Annual statistical returns and brief notes on vaccination in Bengal - 1896-1909
Year: 1896
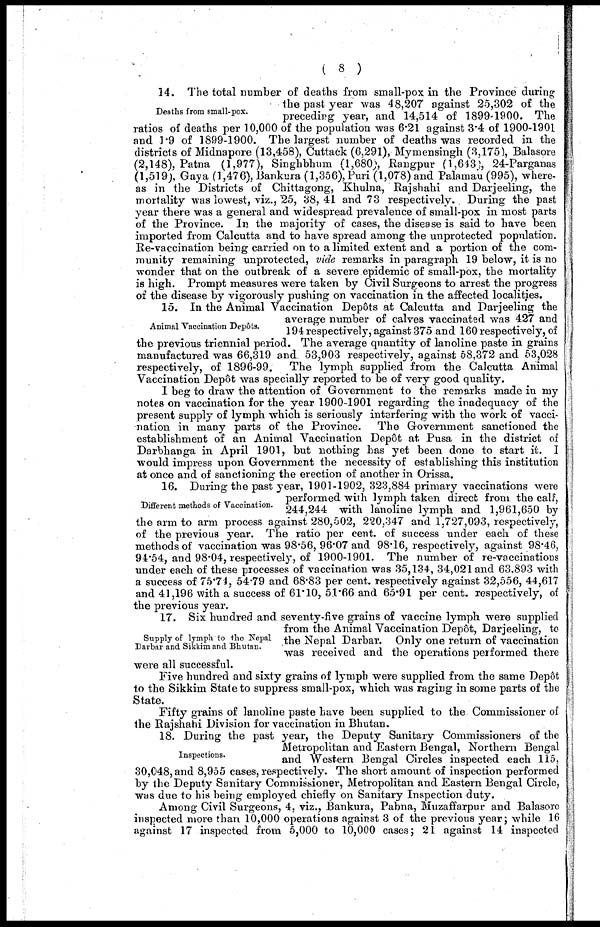
( 8 )
Deaths from small-pox.
14. The total number of deaths from small-pox in the Province during
the past year was 48,207 against 25,302 of the
preceding year, and 14,514 of 1899-1900. The
ratios of deaths per 10,000 of the population was 6.21 against 3.4 of 1900-1901
and 1.9 of 1899-1900. The largest number of deaths was recorded in the
districts of Midnapore (13,458), Cuttack (6,291), Mymensingh (3,175), Balasore
(2,148), Patna (1,977), Singhbhum (1,680), Rangpur (1,643), 24-Parganas
(1,519), Gaya (1,476), Bankura (1,356), Puri (1,078) and Palamau (995), where-
as in the Districts of Chittagong, Khulna, Rajshahi and Darjeeling, the
mortality was lowest, viz., 25, 38, 41 and 73 respectively. During the past
year there was a general and widespread prevalence of small-pox in most parts
of the Province. In the majority of cases, the disease is said to have been
imported from Calcutta and to have spread among the unprotected population.
Re-vaccination being carried on to a limited extent and a portion of the com-
munity remaining unprotected, vide remarks in paragraph 19 below, it is no
wonder that on the outbreak of a severe epidemic of small-pox, the mortality
is high. Prompt measures were taken by Civil Surgeons to arrest the progress
of the disease by vigorously pushing on vaccination in the affected localities.
Animal Vaccination Depôts.
15. In the Animal Vaccination Depôts at Calcutta and Darjeeling the
average number of calves vaccinated was 427 and
194 respectively, against 375 and 160 respectively, of
the previous triennial period. The average quantity of lanoline paste in grains
manufactured was 66,319 and 53,903 respectively, against 58,372 and 53,028
respectively, of 1896-99. The lymph supplied from the Calcutta Animal
Vaccination Depôt was specially reported to be of very good quality.
I beg to draw the attention of Government to the remarks made in my
notes on vaccination for the year 1900-1901 regarding the inadequacy of the
present supply of lymph which is seriously interfering with the work of vacci-
nation in many parts of the Province. The Government sanctioned the
establishment of an Animal Vaccination Depôt at Pusa in the district of
Darbhanga in April 1901, but nothing has yet been done to start it. I
would impress upon Government the necessity of establishing this institution
at once and of sanctioning the erection of another in Orissa.
Different methods of Vaccination.
16. During the past year, 1901-1902, 323,884 primary vaccinations were
performed with lymph taken direct from the calf,
244,244 with lanoline lymph and 1,961,650 by
the arm to arm process against 280,502, 220,347 and 1,727,093, respectively,
of the previous year. The ratio per cent. of success under each of these
methods of vaccination was 98.56, 96.07 and 98.16, respectively, against 98.46,
94.54, and 98.04, respectively, of 1900-1901. The number of re-vaccinations
under each of these processes of vaccination was 35,134, 34,021 and 63.893 with
a success of 75.74, 54.79 and 68.83 per cent. respectively against 32,556, 44,617
and 41,196 with a success of 61.10, 51.66 and 65.91 per cent. respectively, of
the previous year.
Supply of lymph to the Nepal
Darbar and Sikkim and Bhutan.
17. Six hundred and seventy-five grains of vaccine lymph were supplied
from the Animal Vaccination Depôt, Darjeeling, to
the Nepal Darbar. Only one return of vaccination
was received and the operations performed there
were all successful.
Five hundred and sixty grains of lymph were supplied from the same Dep6t
to the Sikkim State to suppress small-pox, which was raging in some parts of the
State.
Fifty grains of lanoline paste have been supplied to the Commissioner of
the Rajshahi Division for vaccination in Bhutan.
Inspections.
18. During the past year, the Deputy Sanitary Commissioners of the
Metropolitan and Eastern Bengal, Northern Bengal
and Western Bengal Circles inspected each 115,
30,048, and 8,955 cases, respectively. The short amount of inspection performed
by the Deputy Sanitary Commissioner, Metropolitan and Eastern Bengal Circle,
was due to his being employed chiefly on Sanitary Inspection duty.
Among Civil Surgeons, 4, viz., Bankura, Pabna, Muzaffarpur and Balasore
inspected more than 10,000 operations against 3 of the previous year; while 16
against 17 inspected from 5,000 to 10,000 cases; 21 against 14 inspected